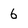
Character: 6